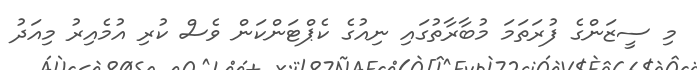
މި ސީޒަންގެ ފުރަތަމަ މުބާރާތުގައި ނިއުގެ ކެޕްޓަންކަން ވެސް ކުރި އުމެއިރު މިއަދު